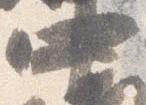
中